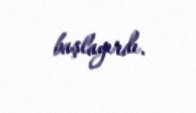
başlayırdı.